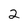
Character: 2